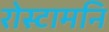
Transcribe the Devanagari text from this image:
रोस्टामनि